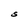
Character: S